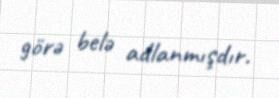
görə belə adlanmışdır.